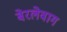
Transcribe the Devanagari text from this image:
बेरलेवाग